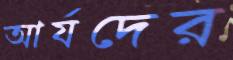
আর্যদের